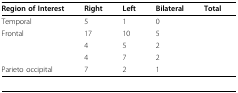
<table><thead><tr><td><b>Region of Interest</b></td><td><b>Right</b></td><td><b>Left</b></td><td><b>Bilateral</b></td><td><b>Total</b></td></tr></thead><tbody><tr><td>Temporal</td><td>5</td><td>1</td><td>0</td><td>[EMPTY_CELL]</td></tr><tr><td>Frontal</td><td>17</td><td>10</td><td>5</td><td>[EMPTY_CELL]</td></tr><tr><td>[EMPTY_CELL]</td><td>4</td><td>5</td><td>2</td><td>[EMPTY_CELL]</td></tr><tr><td>[EMPTY_CELL]</td><td>4</td><td>7</td><td>2</td><td>[EMPTY_CELL]</td></tr><tr><td>Parieto occipital</td><td>7</td><td>2</td><td>1</td><td>[EMPTY_CELL]</td></tr><tr><td>[EMPTY_CELL]</td><td>[EMPTY_CELL]</td><td>[EMPTY_CELL]</td><td>[EMPTY_CELL]</td><td>[EMPTY_CELL]</td></tr></tbody></table>